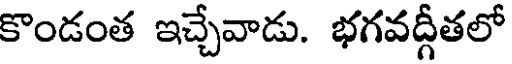
కొండంత ఇచ్చేవాడు. భగవద్గీతలో